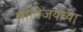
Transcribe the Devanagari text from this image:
श्रीविजयच्या